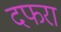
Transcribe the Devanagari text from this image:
दफरा